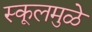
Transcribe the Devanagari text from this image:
स्कूलमुळे